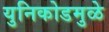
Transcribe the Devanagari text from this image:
युनिकोडमुळे